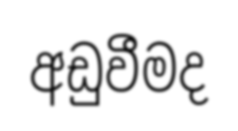
අඩුවීමද